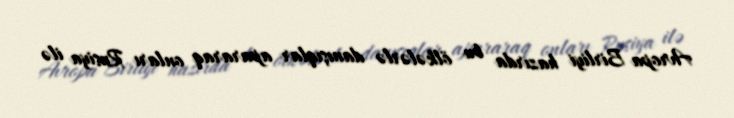
Avropa Birliyi hazırda bu ölkələrlə danışıqlar apararaq onları Rusiya ilə